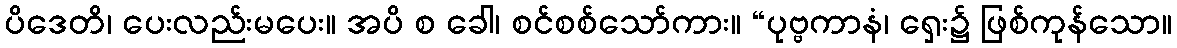
ပိဒေတိ၊ ပေးလည်းမပေး။ အပိ စ ခေါ၊ စင်စစ်သော်ကား။ “ပုဗ္ဗကာနံ၊ ရှေး၌ ဖြစ်ကုန်သော။